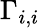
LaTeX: \Gamma_{i,i}